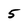
Character: 5